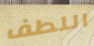
اللطف